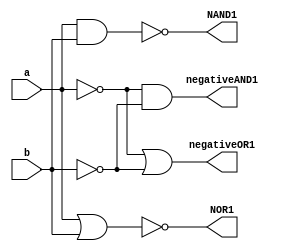
module deMorgan(
    input a,b,
    output NAND1,negativeOR1,NOR1,negativeAND1
);
    wire notA,notB;

    not(notA,a);
    not(notB,b);

    nand(NAND1,a,b);             // ~((a)(b))
    or(negativeOR1,notA,notB);   // (~a)+(~b)

    nor(NOR1,a,b);               // ~(a+b)
    and(negativeAND1,notA,notB); // (~a)(~b)
endmodule

module oneB( //AND Gate
    input a,b,
    output x
);
    wire notA,notB,notAOrnotB;

    not(notA,a);
    not(notB,b);
    or(notAOrnotB,notA,notB);
    not(x,notAOrnotB);
endmodule

module twoA( //AND Gate
    input a,b,
    output x
);
    wire nor1,nor2;

    nor(nor1,a,a);
    nor(nor2,b,b);
    nor(x,nor1,nor2);
endmodule

module twoB( //OR Gate
    input a,b,
    output x
);
    wire nand1,nand2;

    nand(nand1,a,a);
    nand(nand2,b,b);
    nand(x,nand1,nand2);
endmodule

module Experiment2;
    reg a,b;
    wire
        NAND1,negativeOR1,NOR1,negativeAND1,
        oneBresult,
        twoAresult,
        twoBresult
        ;
    deMorgan A1(a,b,NAND1,negativeOR1,NOR1,negativeAND1);
    oneB B1(a,b,oneBresult);
    twoA A2(a,b,twoAresult);
    twoB B2(a,b,twoBresult);

    initial
        begin
            $dumpfile("Lab2CPE314.vcd");
	        $dumpvars(-1, A1,B1,A2,B2);
	        $monitor("%b",  NAND1,negativeOR1,NOR1,negativeAND1,
                            oneBresult,
                            twoAresult,
                            twoBresult);
        end
    initial begin
        #1 $display("DeMorgan's Law");
        #1 $display("~((a)(b))");
        #1 a=0; b=0;
           $monitor("a=%b, b=%b, n=%b",a,b,NAND1);
        #1 a=0; b=1;
        #1 a=1; b=0;
        #1 a=1; b=1;

       
        #1 $display("(~a)+(~b)");
        #1 a=0; b=0;
           $monitor("a=%b, b=%b, n=%b",a,b,negativeOR1);
        #1 a=0; b=1;
        #1 a=1; b=0;
        #1 a=1; b=1;
        #1 if (NAND1==negativeOR1) begin
            $display("Therefore, ~((a)(b)) == (~a)+(~b)\n");
        end else begin
            $display("Therefore, ~((a)(b)) != (~a)+(~b)\n");
        end

        #1 $display("~(a+b)");
        #1 a=0; b=0;
           $monitor("a=%b, b=%b, n=%b",a,b,NOR1);
        #1 a=0; b=1;
        #1 a=1; b=0;
        #1 a=1; b=1;

        #1 $display("(~a)(~b)");
        #1 a=0; b=0;
           $monitor("a=%b, b=%b, n=%b",a,b,negativeAND1);
        #1 a=0; b=1;
        #1 a=1; b=0;
        #1 a=1; b=1;
        #1 if (NOR1==negativeAND1) begin
            $display("Therefore, ~(a+b) == (~a)(~b)\n");
        end else begin
            $display("Therefore, ~(a+b) != (~a)(~b)\n");
        end

        #1 $display("part 1B");
           $monitor("a=%b, b=%b, n=%b",a,b,oneBresult);
        #1 a=0; b=1;
        #1 a=1; b=0;
        #1 a=1; b=1;
        #1 $display("\npart 2A");
           $monitor("a=%b, b=%b, n=%b",a,b,twoAresult);
        #1 a=1; b=0;
        #1 a=0; b=1;
        #1 a=0; b=0;
        #1 $display("\npart 2B");
           $monitor("a=%b, b=%b, n=%b",a,b,twoBresult);
        #1 a=0; b=1;
        #1 a=1; b=0;
        #1 a=1; b=1;
        #1 $finish;
    end
endmodule